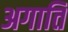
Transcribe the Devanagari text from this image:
अगाति